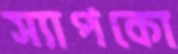
স্যাপকো